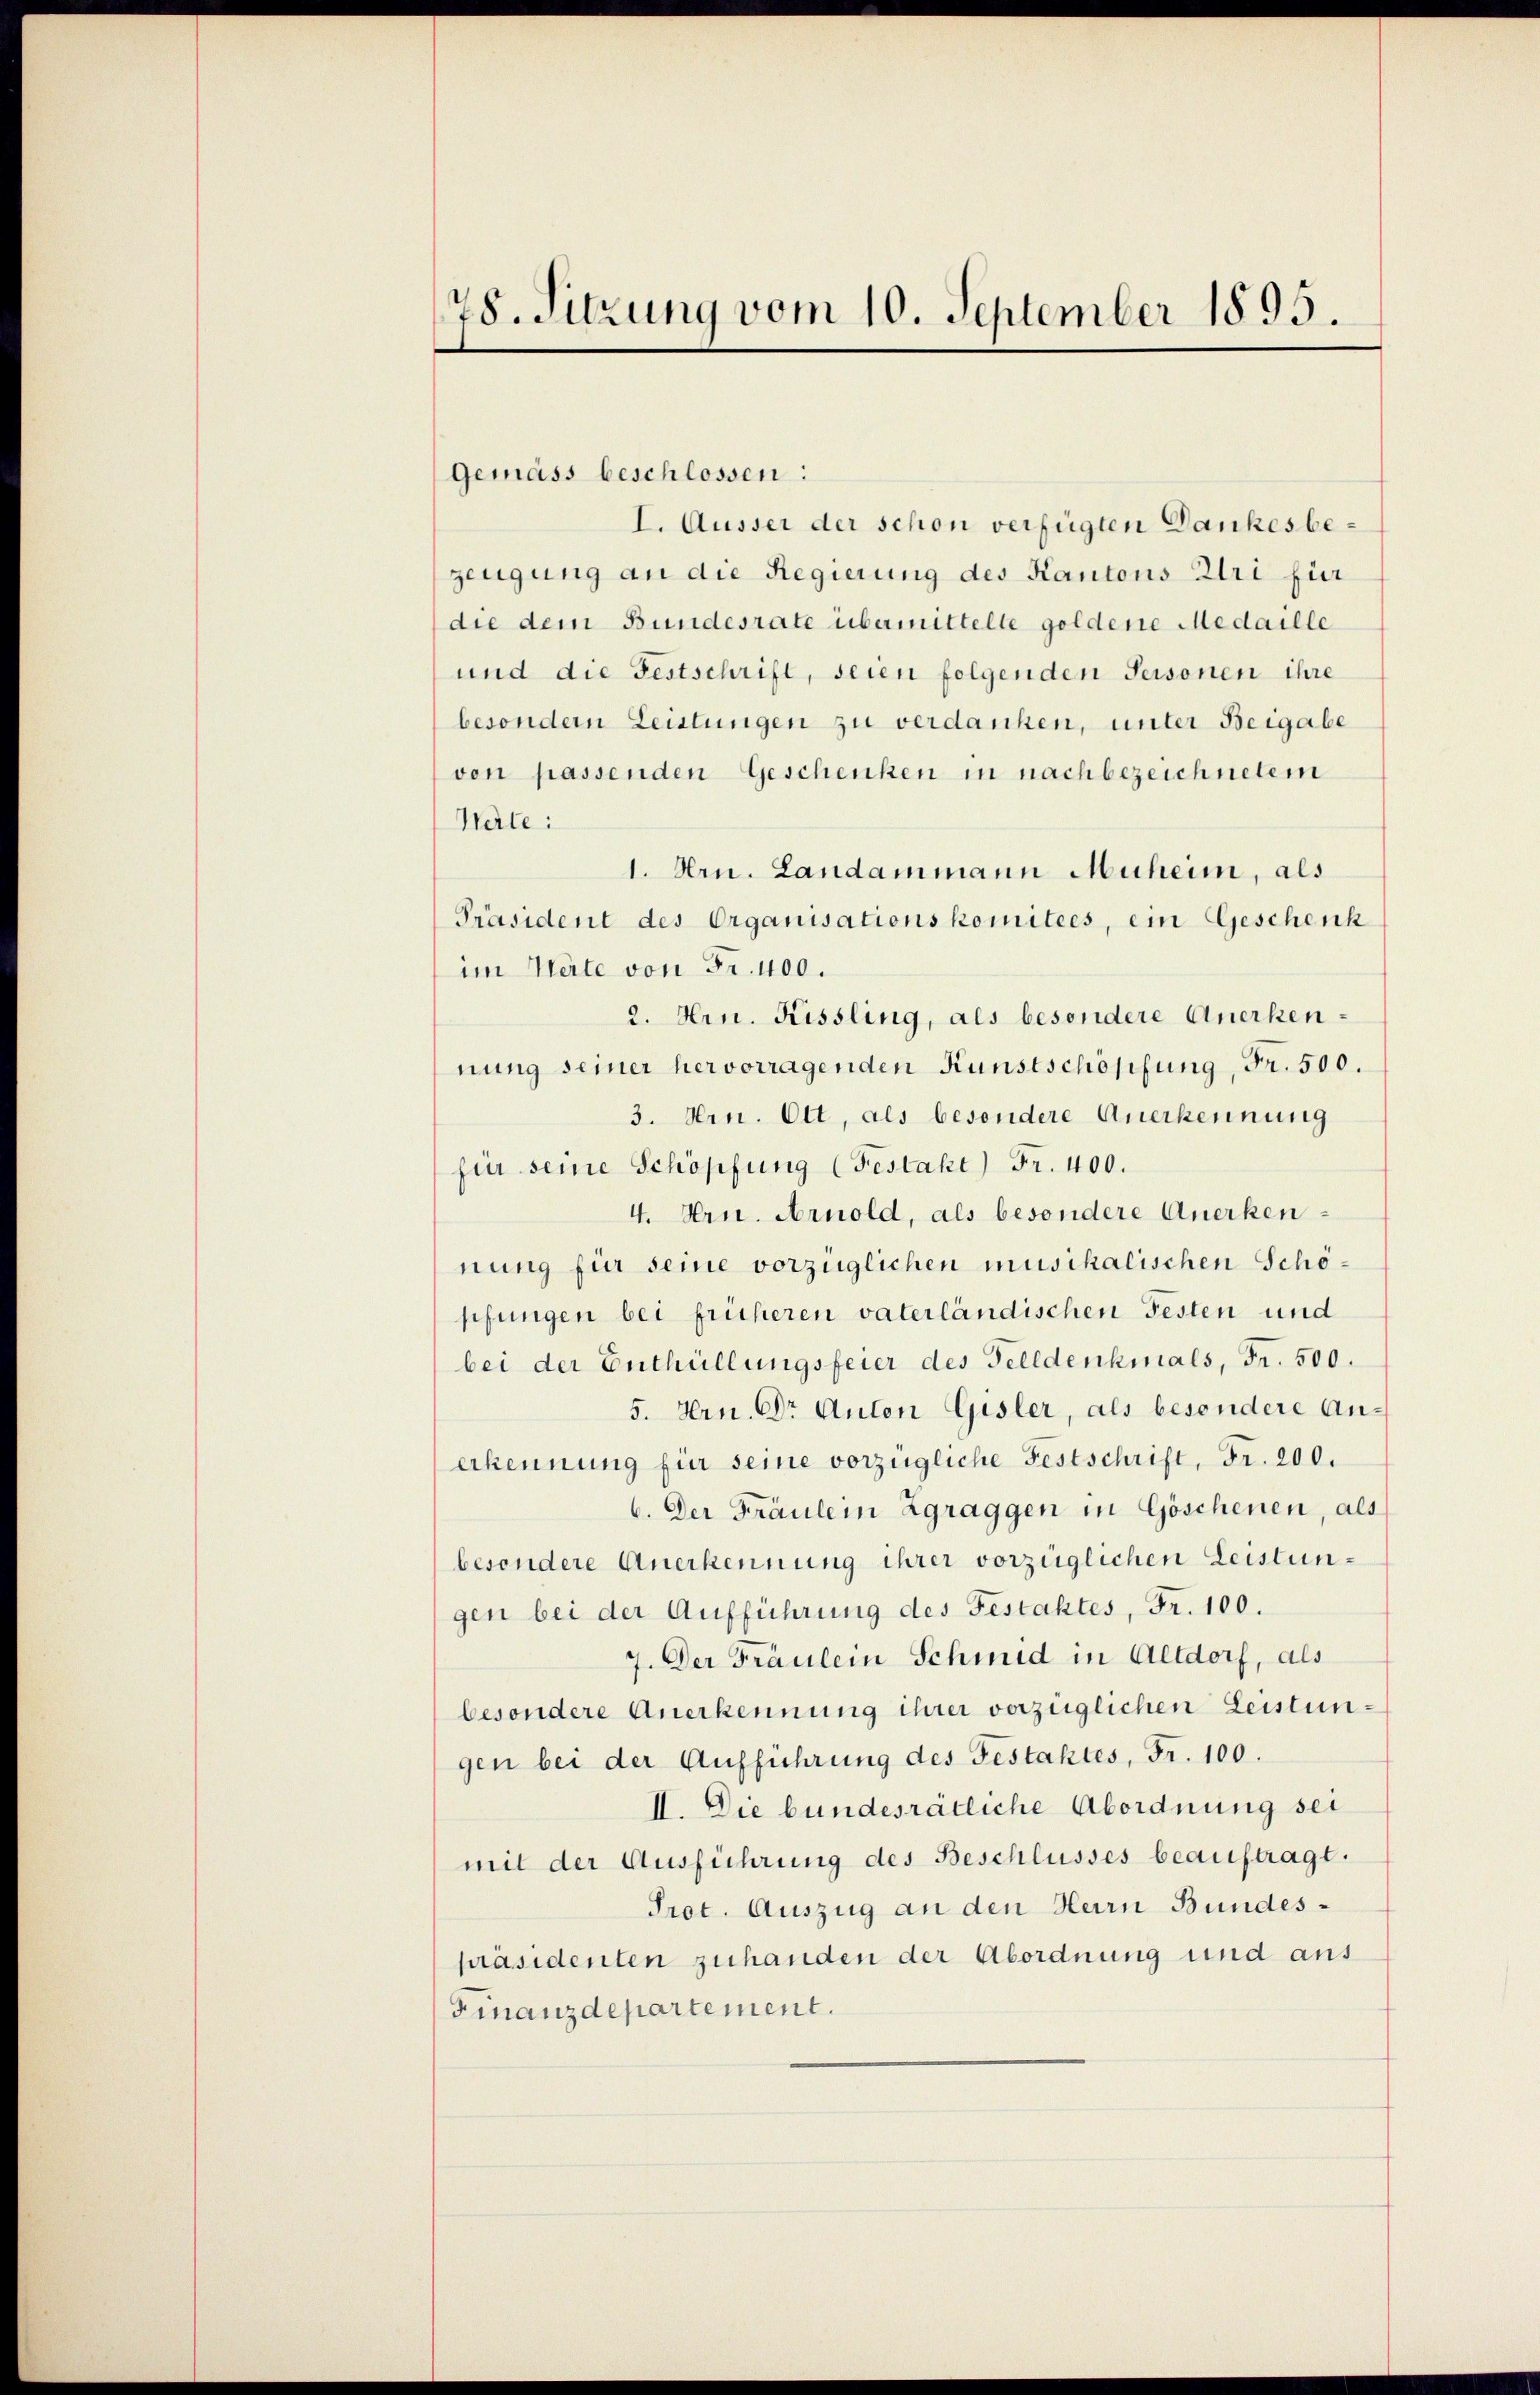
78. Sitzung vom 10. September 1895.

Gemäss beschlossen:
L. Äusser der schon verfügten Dankes bezeugung an die Regierung des Kantons Uri für
die dem Bundesrate übermittelte goldene Medaille
und die Festschrift, seien folgenden Personen ihre
besondern Leistungen zu verdanken, unter Beigabe
ven passenden Geschenken in nachbezeichnetem
Wärte:
1. Hrn. Landammann Muheim, als
Präsident des Organisationskomitees, ein Geschenk
im Weite von Fr. 400.
2. Hrn. Kissling, als besondere Anerkennung seiner hervorragenden Kunstschöpfung, Fr. 500.
3. Hrn. Ott, als besondere Anerkennung
für seine Schöpfung (Festakt) Fr. 400.
4. Hrn. Arnold, als besondere Anerkennung für seine vorzüglichen musikalischen Schöpfungen bei früheren vaterländischen Festen und
bei der Enthüllungsfeier des Felldenhmals, Fr. 500.
5. Hrn. Dr Anton Gisler, als besondere Anerkennung für seine vorzügliche Festschrift, Fr. 200.
b. Der Fräulein Zgraggen in Göschenen, als
besondere Anerkennung ihrer vorzüglichen Leistungen bei der Aufführung des Festattes, Fr. 100.
7. Der Fräulein Schmid in Altdorf, als
besondere Anerkennung ihrer verzüglichen Leistungen bei der Aufführung des Gestaktes, Fr. 100.
II. Die bundesrätliche Abordnung sei
mit der Ausführung des Beschlusses beauftragt.
Prot. Auszug an den Herrn Bundespräsidenten zuhanden der Abordnung und aus
Finanzdepartement.